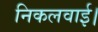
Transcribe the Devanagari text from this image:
निकलवाई।